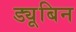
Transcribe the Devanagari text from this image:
ड्यूबिन